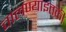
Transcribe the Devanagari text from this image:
चालण्याइतकी